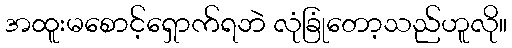
အထူးမစောင့်ရှောက်ရဘဲ လုံခြုံတော့သည်ဟူလို။